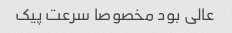
عالی بود مخصوصا سرعت پیک